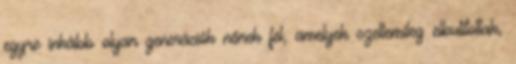
egyre inkább olyan generációk nőnek fel, amelyek szellemileg elbutítottak,